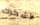
لأشكرك